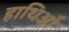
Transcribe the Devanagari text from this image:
हाथिओं